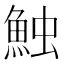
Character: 𩶥